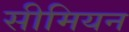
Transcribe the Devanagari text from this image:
सीमियन